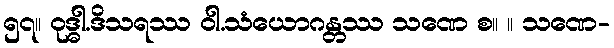
၅၇။ ဝုဒ္ဓါ.ဒိသရဿ ဝါ.သံယောဂန္တဿ သဏေ စ။ ။ သဏေ-